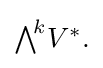
{\textstyle {\textstyle \bigwedge }^{\!k}V^{*}.}